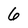
Character: 6